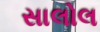
સાલોલ